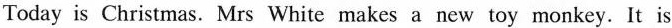
Today is Christmas. Mrs White makes a new toy monkey.It is